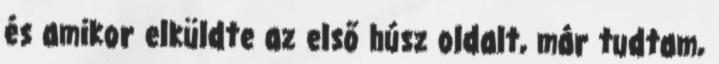
és amikor elküldte az első húsz oldalt, már tudtam,